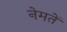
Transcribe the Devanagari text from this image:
नेमतें